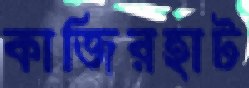
কাজিরহাট